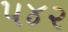
૫૪૨